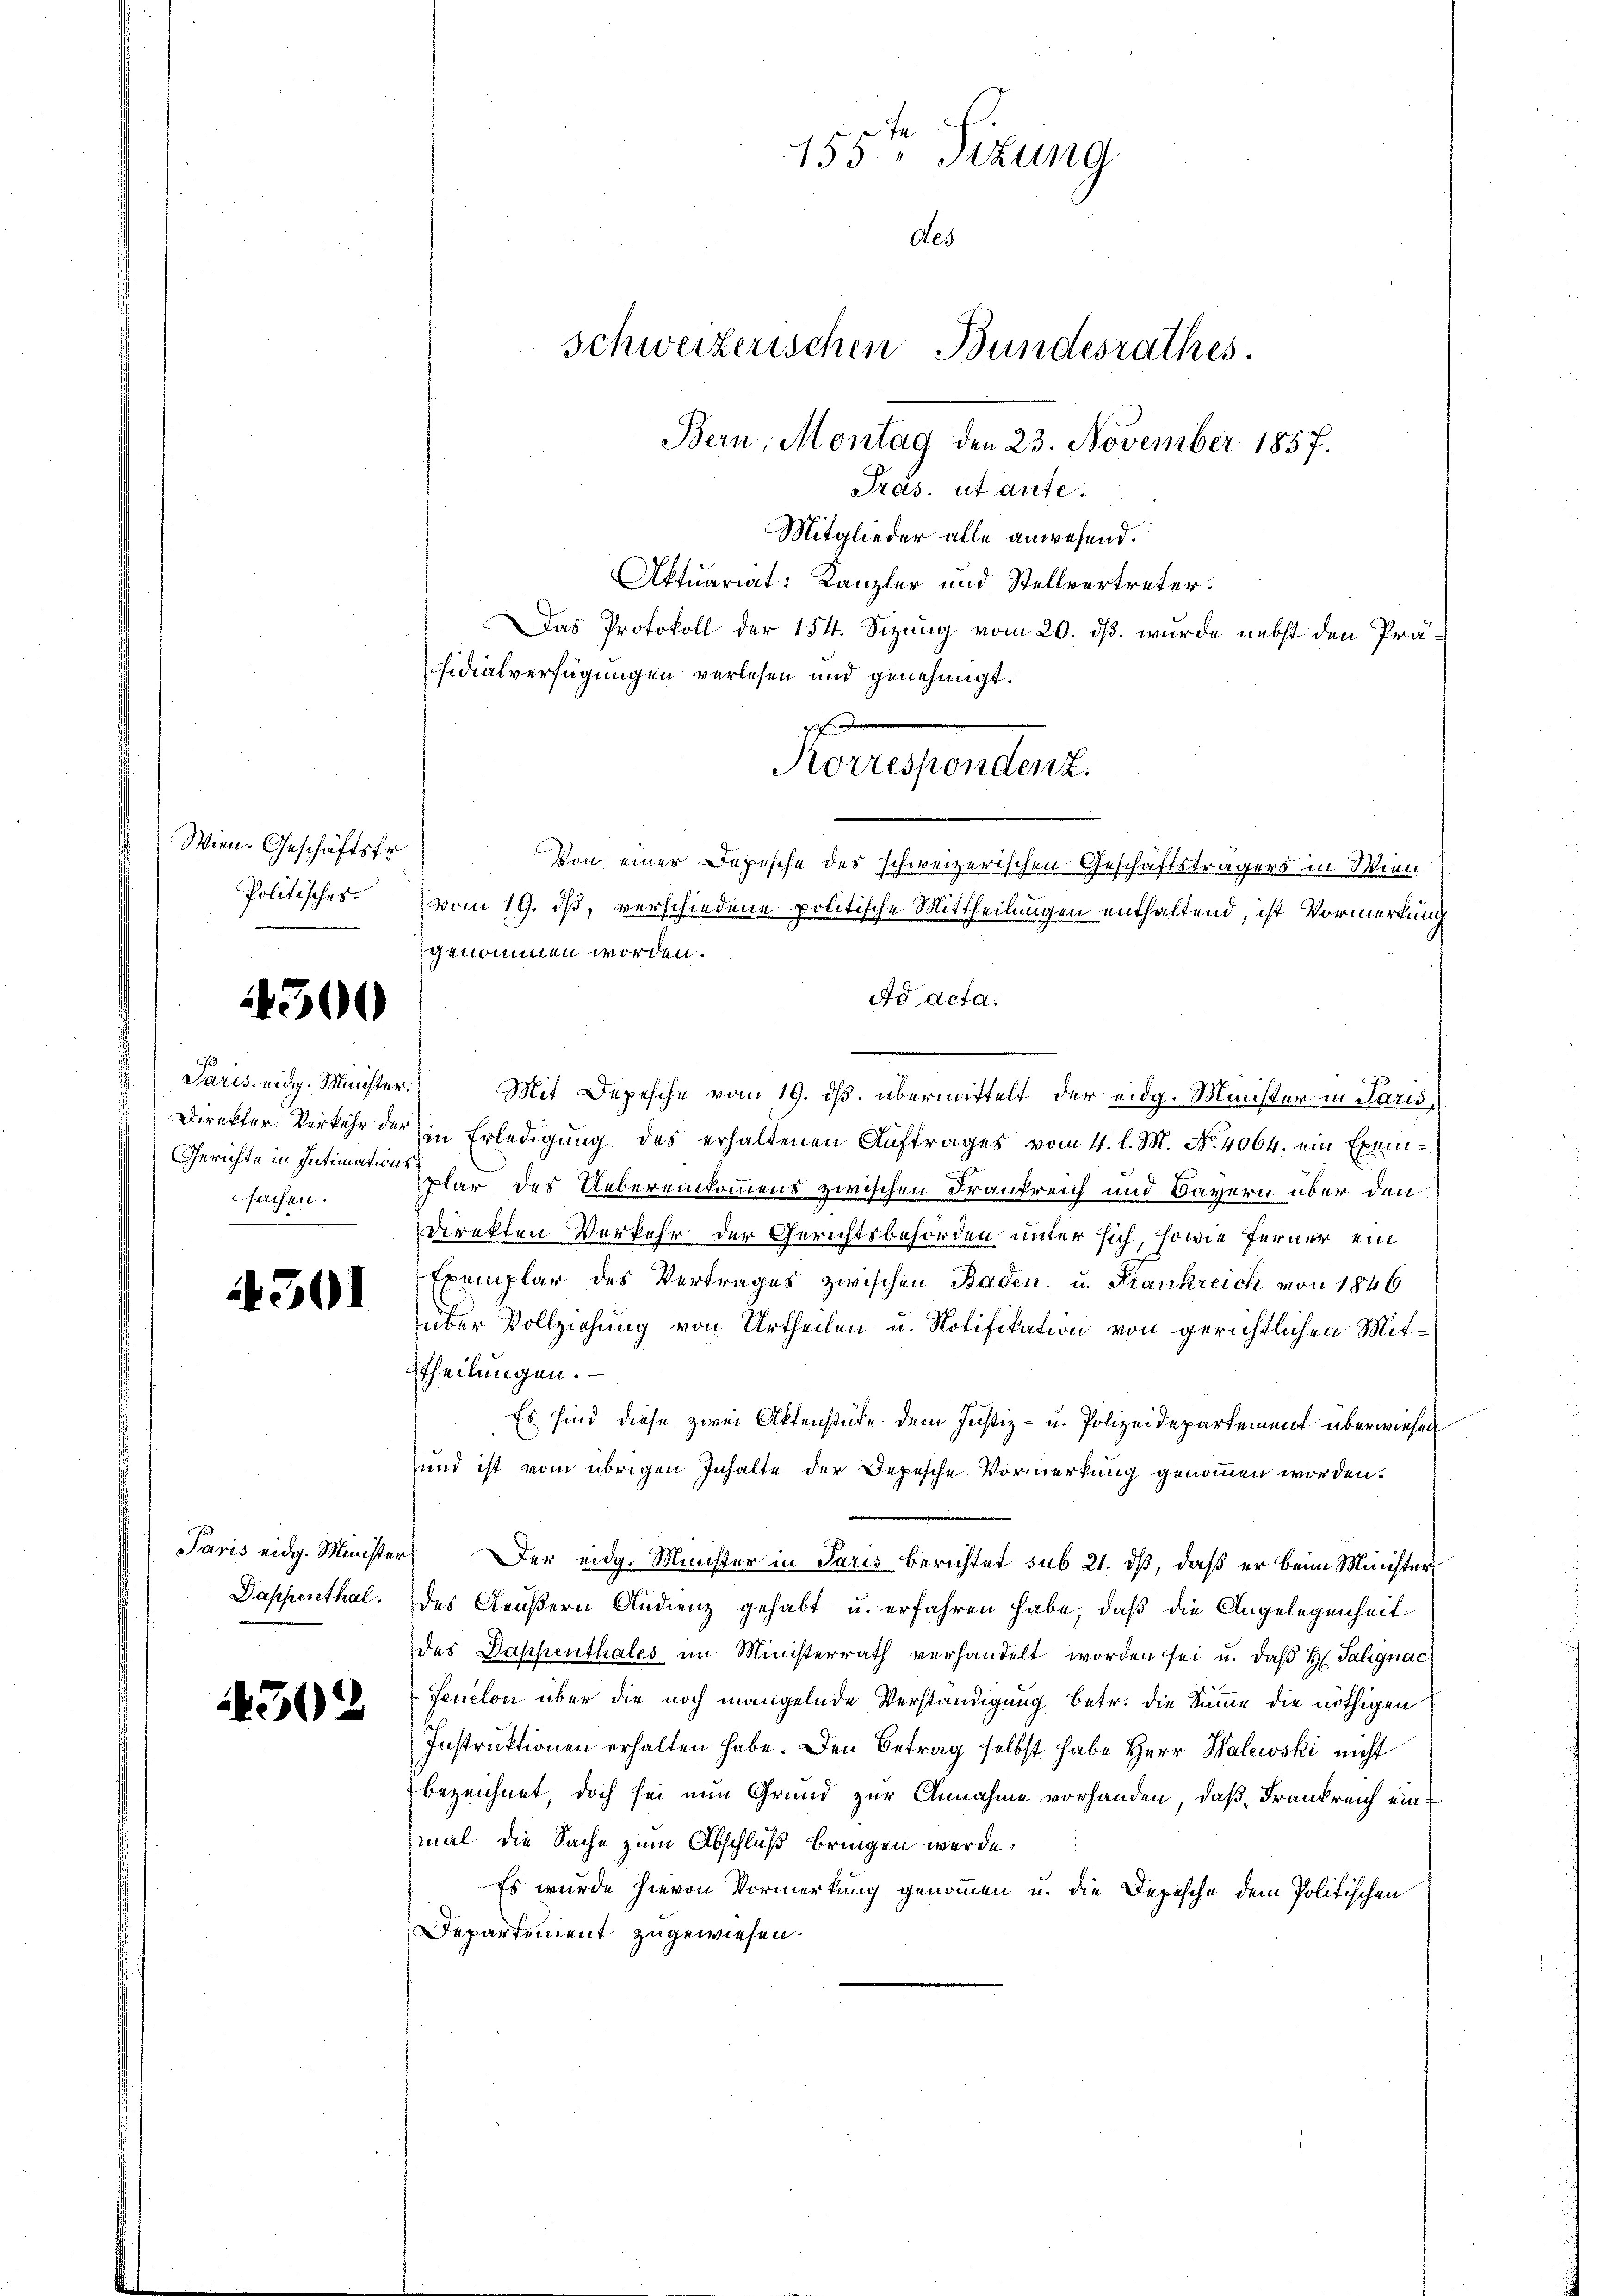
Wien. Geschäftsfr.
Politisches.

4300

Paris eidg. Minister.
Gerichte in Intimationssachen.

4501

Dappenthal.

1302

Mitglieder alle anwesend.
Aktuariat: Kanzler und Stellvertreter.
Das Protokoll der 154. Sizung vom 20. dß wurde nebst den Präsidialverfügungen verlesen und genehmigt.
Von einer Depesche des schweizerischen Geschäftsträgers in Wien
vom 19. ds, verschiedene politische Mittheilungen enthaltend, ist Vormerkung
genommen worden.
Ad Acta.
Mit Depesche vom 19. ds. übermittelt der eidg. Minister in Parisi
Direkter Verkehr der in Erledigung des erhaltenen Auftrages vom 4. l. M. No. 4064. ein Exemplar des Uebereinkommens zwischen Frankreich und Bayern über den
direkten Verkehr der Gerichtsbehörden unter sich, sowie ferner ein
Exemplar des Vertrages zwischen Baden, u. Frankreich von 1846
über Vollziehung von Urtheilen u. Notifikation von gerichtlichen Mit¬
Theilungen.
Es sind diese zwei Aktenstüke dem Justiz- u. Polizeidepartement überwiesen
und ist vom übrigen Inhalte der Depesche Vormerkung genommen worden.
Paris eidg. Minister. Der eidg. Minister in Paris berichtet sub 21. dß, daß er beim Minister
des Aeußern Audienz gehabt u. erfahren habe, daß die Angelegenheit
des Dappenthales im Ministerrath verhandelt worden sei u. daβ H. Talignac
Fenclon über die noch mangelnde Verständigung betr. die Summe die nöthigen
Instruktionen erhalten habe. Den Betrag selbst habe Herr Walewski nicht
bezeichnet, doch sei nun Grund zur Annahme vorhanden, daß Frankreich einmal die Sache zum Abschluß bringen werde.
Es wurde hievon Vormerkung genommen u. die Depesche dem Politischen
Departement zugewiesen.

155ten Sizung
des
Schweizerischen Bundesrathes.
Bern, Montag den 23. November 1857.
Präs. ut ante.

x
Korrespondenz.